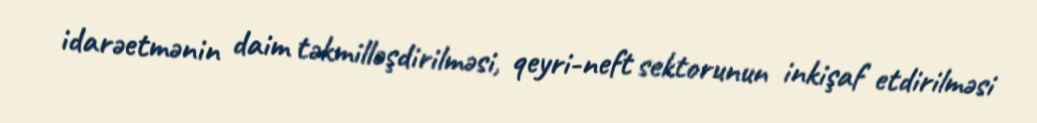
idarəetmənin daim təkmilləşdirilməsi, qeyri-neft sektorunun inkişaf etdirilməsi